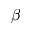
\beta